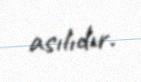
asılıdır.